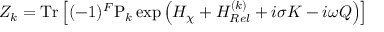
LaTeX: { \cal Z } _ { k } = \mathrm { T r } \left[ ( - 1 ) ^ { F } \mathrm { P } _ { k } \exp \left( H _ { \chi } + H _ { R e l } ^ { ( k ) } + i \sigma K - i \omega Q \right) \right]